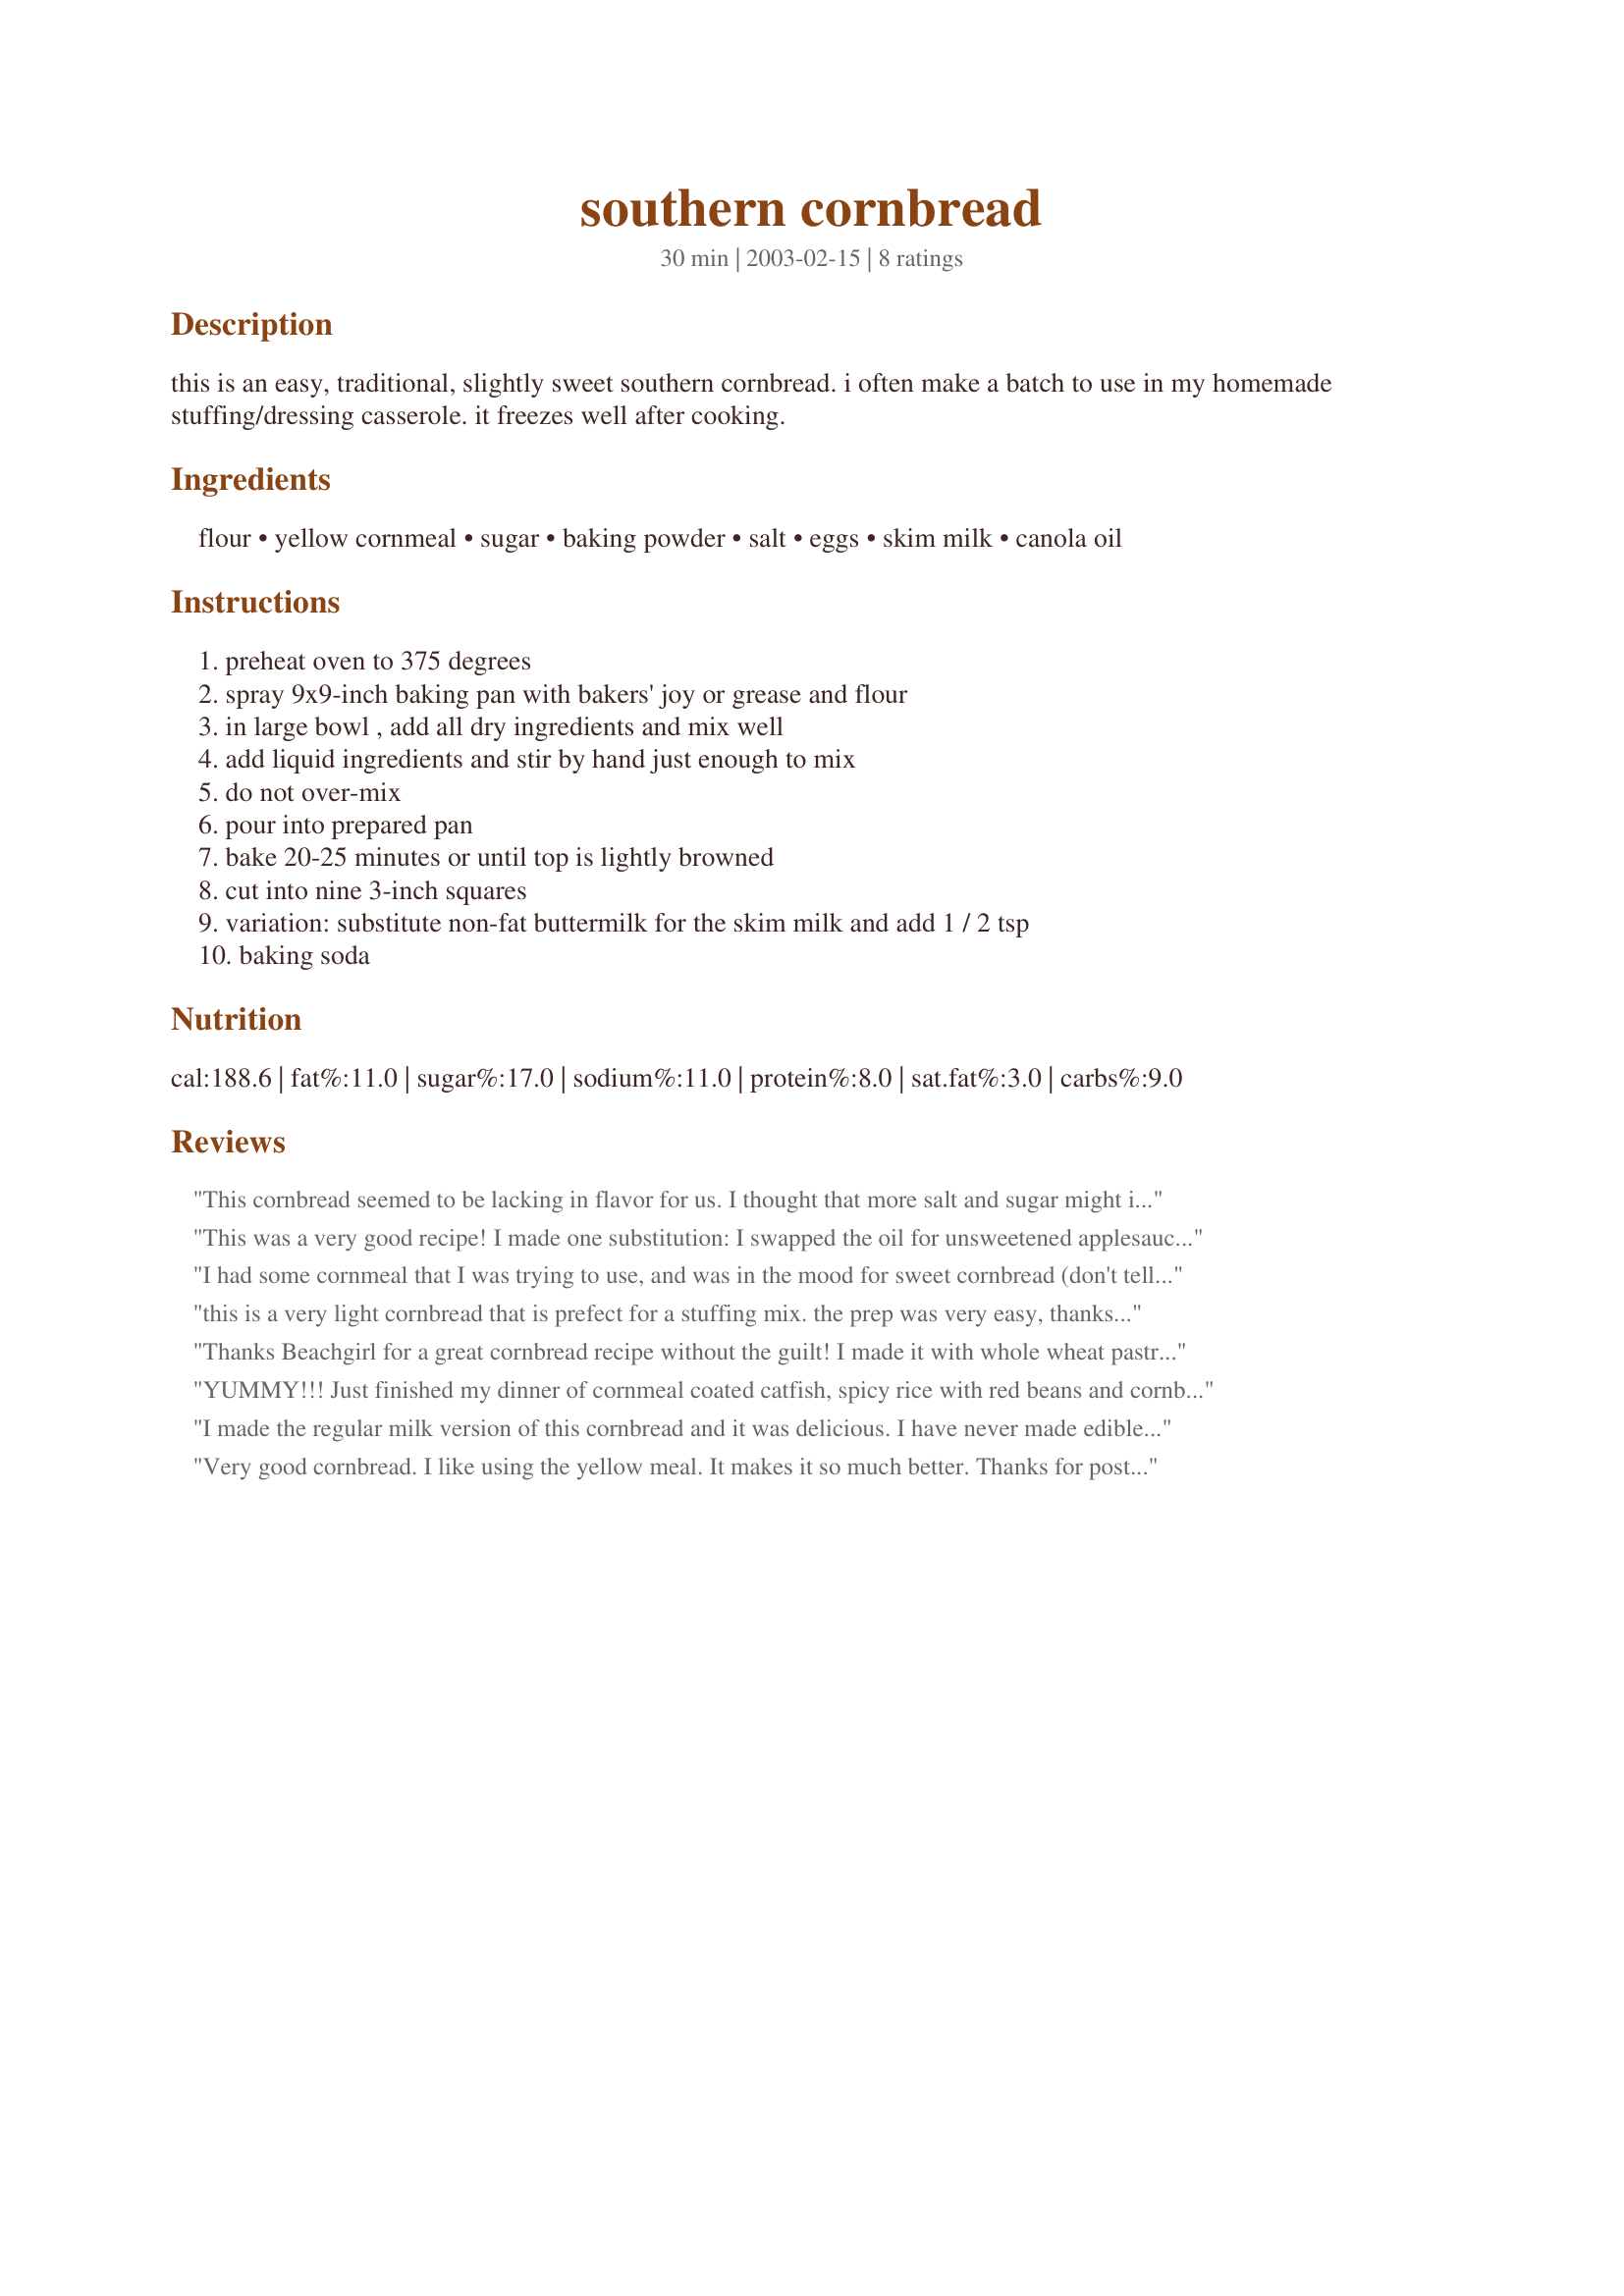
southern cornbread
Preparation time: 30 minutes

this is an easy, traditional, slightly sweet southern cornbread. i often make a batch to use in my homemade stuffing/dressing casserole. it freezes well after cooking.

Ingredients:
flour, yellow cornmeal, sugar, baking powder, salt, eggs, skim milk, canola oil

Steps:
preheat oven to 375 degrees, spray 9x9-inch baking pan with bakers' joy or grease and flour, in large bowl , add all dry ingredients and mix well, add liquid ingredients and stir by hand just enough to mix, do not over-mix, pour into prepared pan, bake 20-25 minutes or until top is lightly browned, cut into nine 3-inch squares, variation: substitute non-fat buttermilk for the skim milk and add 1 / 2 tsp, baking soda

Reviews:
This cornbread seemed to be lacking in flavor for us. I thought that more salt and sugar might improve the recipe.
This was a very good recipe! I made one substitution: I swapped the oil for unsweetened applesauce. This made the cornbread rather more like a cake though, but it was still delicious. My son loves it! For 8 servings, with the applesauce substitution, one serving has 3 ww points! Very yummy! Good with ham and beans!
I had some cornmeal that I was trying to use, and was in the mood for sweet cornbread (don't tell my mom!). When I threw this together I was a bit worried because it seemed a bit thin, but it did puff up a bit. I really enjoyed it, and dh did too. Thanks for sharing!
this is a very light cornbread that is prefect for a stuffing mix. the prep was very easy, thanks beachgirl
Thanks Beachgirl for a great cornbread recipe without the guilt! I made it with whole wheat pastry flour, applesauce instead of oil, and Splenda. It turned out very good. We had it with chili and it was a nice compliment to the chili. We will use this recipe often. Carole in Orlando
YUMMY!!! Just finished my dinner of cornmeal coated catfish, spicy rice with red beans and cornbread and it was scrumptious! Such an easy recipe and it came out of the pan so easy that it went right from oven to table. Thanks Beachgirl!
I made the regular milk version of this cornbread and it was delicious. I have never made edible cornbread so this was an occasion! I can't wait to try it with buttermilk. It was easy and the directions are very clear. Thank you BeachGirl!
Very good cornbread. I like using the yellow meal. It makes it so much better. Thanks for posting.
